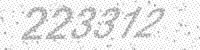
Solution: 223312